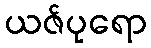
ယဇ်ပုရော